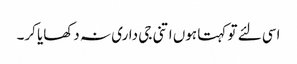
اسی لئے تو کہتا ہوں اتنی جی داری نہ دکھایا کر۔